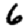
Digit: 6